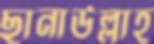
ছানাউল্লাহ